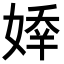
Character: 𡟡